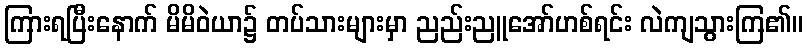
ကြားရပြီးနောက် မိမိဝဲယာ၌ တပ်သားများမှာ ညည်းညူအော်ဟစ်ရင်း လဲကျသွားကြ၏။